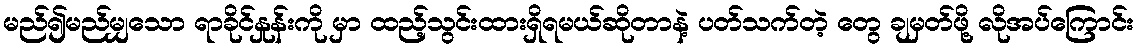
မည်၍မည်မျှသော ရာခိုင်နှုန်းကို မှာ ထည့်သွင်းထားရှိရမယ်ဆိုတာနဲ့ ပတ်သက်တဲ့ တွေ ချမှတ်ဖို့ လိုအပ်ကြောင်း